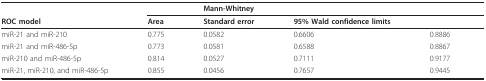
<table><thead><tr><td></td><td></td><td><b>Mann-Whitney</b></td><td></td><td></td></tr><tr><td><b>ROC model</b></td><td><b>Area</b></td><td><b>Standard error</b></td><td><b>95% Wald confidence limits</b></td><td></td></tr></thead><tbody><tr><td>miR-21 and miR-210</td><td>0.775</td><td>0.0582</td><td>0.6606</td><td>0.8886</td></tr><tr><td>miR-21 and miR-486-5p</td><td>0.773</td><td>0.0581</td><td>0.6588</td><td>0.8867</td></tr><tr><td>miR-210 and miR-486-5p</td><td>0.814</td><td>0.0527</td><td>0.7111</td><td>0.9177</td></tr><tr><td>miR-21, miR-210, and miR-486-5p</td><td>0.855</td><td>0.0456</td><td>0.7657</td><td>0.9445</td></tr></tbody></table>